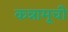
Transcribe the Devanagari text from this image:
कन्नामूची